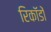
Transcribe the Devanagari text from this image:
रिकॉडों